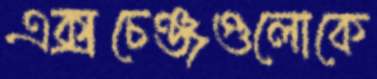
এক্সচেঞ্জগুলোকে